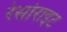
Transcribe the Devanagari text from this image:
रेसोराइट